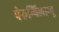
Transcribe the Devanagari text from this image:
पेरुन्चिलाम्बू